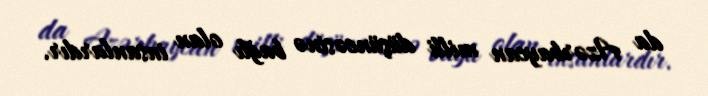
da Azərbaycan milli düşüncəsinə bağlı olan insanlardır.